Calcutta medical institutions reports 1871-78
Year: 1871
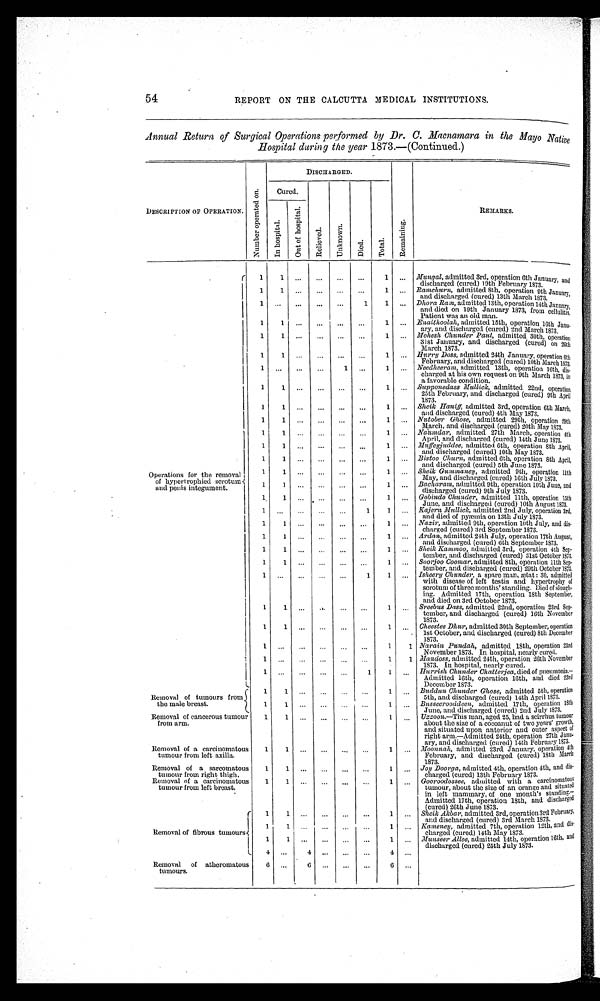
54
REPORT ON THE CALCUTTA MEDICAL INSTITUTIONS.
Annual Return of Surgical Operations performed by Dr. C. Macnamara in the Mayo Native
Hospital duing the war 1873.—(Continued.)
DESCRIPTION OF OPERATION.
N u m b e r o p e r a t e d o n .
DISCHARGED.
R e m a i n i n g .
REMARKS
Cured.
Rel i eved.
U n k n o w n .
D i e d .
T o t a l .
I n h o s p i t a l .
Out of hospi t al .
Operations for the removal
of hypertrophied
scrotums and penis integument.
1
1
...
...
...
. . .
1
...
Mungal, admitted 3rd, operation 6th January, and
discharged (cured) 19th February 1873.
1
1 ...
... ...
...
1
... Ramchurn, admitted 8th, operation 9th January,
and discharged (cured) 13th March 1873.
1 ...
...
...
...
1
1 ... Dhora Ram, admitted 13th, operation 14th January,
and died on 19th January 1873, from cellulitis.
Patient was an old man.
1
1 ...
...
...
...
1
... Enaithoolah, admitted 15th, operation 16th Janu-
ary, and discharged (cured) 2nd March 1873.
1
1 ...
... ...
...
1
...
Mohesh Chunder Paul , admited 30th, operation 31st Jamuary, and discharged (cured) on 26th March 1873.
1
1 ...
...
...
...
1 ... Hurry Doss, admitted 24th January, operation 6th
February, and discharged (cured) 10th March 1873.
1 ...
...
...
1 ...
1 ... Needheeram, admitted 13th, operation 16th, dis
- charged at his own request on 9th March 1873, in
a favorable condition.
1
1 ...
... ...
...
1 ... Supponedass Mullick, admitted 22nd, operation
25th February, and discharged (cured) 9th April
1873.
1
1 ...
...
...
...
1
...
Sheik Haniff, admitted 3rd, operation 6th March,
and discharged (cured) 4th May 1873.
1
1 ...
... ...
...
1 ... Nutober Ghose, admitted 29th, operation 29th
March, and discharged (cured) 20th May 1873.
1
1 ...
... ...
1
...
Naumdar, admitted 27th March, operation 4th
April, and discharged (cured) 14th June 1873.
1
1 ...
... ...
...
1 ... Muffeyjuddee, admitted 6th, operation 8th April,
and discharged (cured) 10th May 1873.
1
1 ...
... ...
...
1 ... Bistoo Churn, admitted 6th, operation 8th April,
and discharged (cured) 5th June 1873.
1
1 ...
... ...
...
1 ... Sheik Gummaney, admitted 9th, operation 11th
May, and discharged (cured) 16th July 1873.
1
1
... ...
...
...
1 ... Bacharam, admitted 9th operation 10th June, and
discharged (cured) 9th July 1873.
1
1 ...
... ...
...
1 ... Gobindo Chunder, admitted 11th, operation 15th
June, and discharged (cured) 10th August 1873.
1
. . . ...
... ...
1
1 ... Kajern Mullick, admitted 2nd July, operation 3rd,
and died of pyæmia on 13th July 1873.
1
1 ...
...
...
...
1 ... Nazir, admitted 9th, operation 10th July, and dis
- charged (cured) 3rd September 1873.
1
1 ... ...
... ...
1 ... Ardan, admitted 24th July, operation 17th August,
and discharged (cured) 6th September 1873.
1
1 ...
... ...
. . .
1 ... Sheik Kammoo, admitted 3rd, operation 4th Sep-
tember, and discharged (cured) 31st October 1873.
1
1 ...
... ...
. . .
1 ... Soorjoo Coomar, admitted 8th, operation 11th Sep
-tember, and discharged (cured) 29th October 1873.
1
...
...
... ...
1
1 ... Isheery Chunder, a spare man, ætat: 30, admitted
with disease of left testis and hypertrophy of
scrotum of three months' standing. Died of slough
ing. Admitted 17th, operation 18th September,
and died on 3rd October 1873.
1
1 ...
... ...
. . . 1 ... Sreebus Dass, admitted 22nd, operation 23rd Sep
- tember, and discharged (cured) 16th November
1873.
1
1 ... ...
... ...
1 ... Cheestee Dhur, admitted 30th September, operation
1st October, and discharged (cured) 8th December
1873.
1 ...
...
...
...
...
1
1 Narain Pundah, admitted 18th, operation 23rd
November 1873. In hospital, nearly cured.
1 ... ...
...
... ...
1
1 Mandoss, admitted 24th, operation 26th November
1873. In hospital, nearly cured.
1 ...
...
... ...
1
1 ... Hurrish Chunder Chatterjea, died of pneumonia.
—Admitted 16th, operation 16th, and died 23rd
December 1873.
Removal of tumours from
the male breast.
1
1 ...
... ...
. . . 1 ... Buddun Chunder Ghose, admitted 5th, operation
5th, and. discharged (cured) 14th April 1873.
1
1 ...
... ...
...
1 ... Busseerooddeen, admitted 17th, operation 18th
June, and discharged (cured) 2nd July 1873.
Removal of cancerous tumour
from arm
1
1 ...
...
...
...
1 ... Uzzoon.—This man, aged 25, had a scirrhus tumour
about the size of a cocoanut of two years ' growth,
and situated upon anterior and outer aspect of
right arm.—Admitted 24th, operation 27th Jua
u-ary, and discharged (cured) 14th February 1873.
Removal of a carcinomatous
tumour from left axilla.
1
1 ... ... ... ...
1 ... Moonnah, admitted 23rd January, operation 4th
February, and discharged (cured) 18th March
1873.
Removal of a sarcomatous
tumour from right thigh.
1
1 ... ... ... ...
1 ... Joy Doorga, admitted 4th, operation 4th, and dis
- charged (cured) 13th February 1873.
Removal of a carcinomatous
tumour from left breast.
1
1 ... ... ... ...
1 ... Gooroodossee, admitted with a carcinomatous
tumour, about the size of an orange and situated
i n left mammary, of one month's standing
.— Admitted 17th, operation 18th, and discharged
(cured) 26th June 1873.
Removal of fibrous tumours
1
1 ...
... ...
. . .
1 ... Sheik Akbar, admitted 3rd, operation 3rd February,
and discharged (cured) 3rd March 1873.
1
1 ... ... ...
...
1 ...
Kameney, admitted 7th, operation 12th, and
dis
- charged (cured) 14th May 1873.
1
1 ...
... ...
. . .
1 ... Munseer Allee, admitted 14th, operation 16th, and discharged (cured) 25th July 1873.
4 ... 4
..
...
...
4 ...
Removal of atheromatous
tumours.
6 ...
6
... ...
...
6 ...